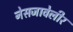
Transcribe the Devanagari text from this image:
नेसजावेलीर